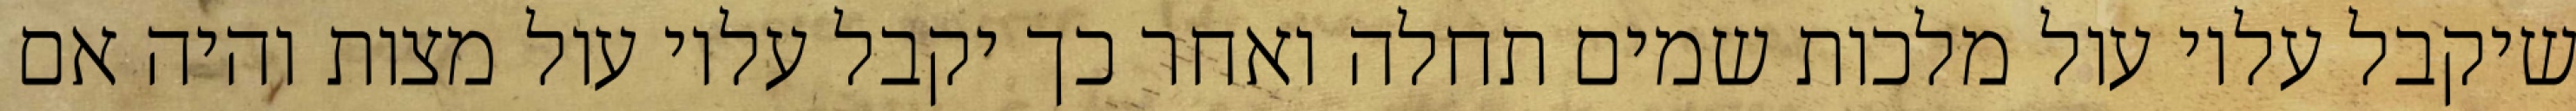
שיקבל עליו עול מלכות שמים תחלה ואחר כך יקבל עליו עול מצות והיה אם